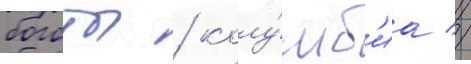
боготы / колу́мб'иа //